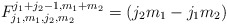
\begin{align*}F_{j_{1},m_{1},j_{2},m_{2}}^{j_{1} + j_{2} -1,m_{1}+m_{2}} =(j_2 m_1 -j_1 m_2)\end{align*}